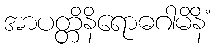
အာပတ္တိနိရောဓဂါမိနိံ